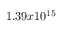
1 . 3 9 x 1 0 ^ { 1 5 }